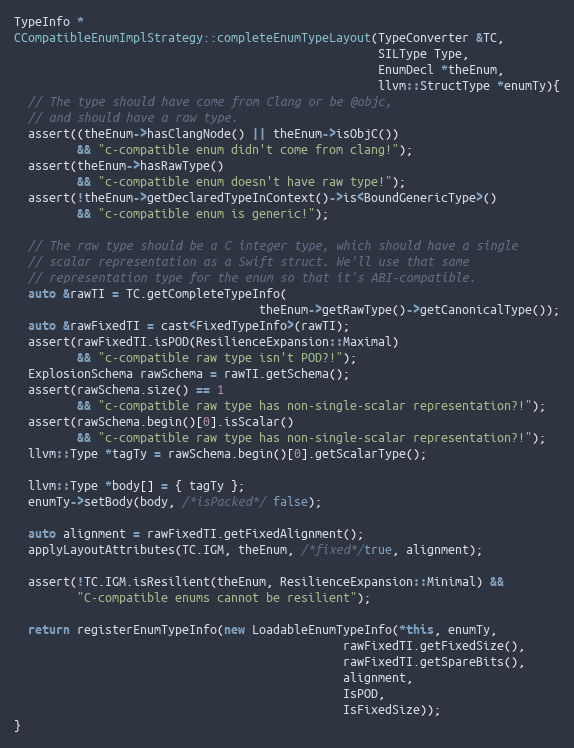
Language: C++
TypeInfo *
CCompatibleEnumImplStrategy::completeEnumTypeLayout(TypeConverter &TC,
                                                    SILType Type,
                                                    EnumDecl *theEnum,
                                                    llvm::StructType *enumTy){
  // The type should have come from Clang or be @objc,
  // and should have a raw type.
  assert((theEnum->hasClangNode() || theEnum->isObjC())
         && "c-compatible enum didn't come from clang!");
  assert(theEnum->hasRawType()
         && "c-compatible enum doesn't have raw type!");
  assert(!theEnum->getDeclaredTypeInContext()->is<BoundGenericType>()
         && "c-compatible enum is generic!");

  // The raw type should be a C integer type, which should have a single
  // scalar representation as a Swift struct. We'll use that same
  // representation type for the enum so that it's ABI-compatible.
  auto &rawTI = TC.getCompleteTypeInfo(
                                   theEnum->getRawType()->getCanonicalType());
  auto &rawFixedTI = cast<FixedTypeInfo>(rawTI);
  assert(rawFixedTI.isPOD(ResilienceExpansion::Maximal)
         && "c-compatible raw type isn't POD?!");
  ExplosionSchema rawSchema = rawTI.getSchema();
  assert(rawSchema.size() == 1
         && "c-compatible raw type has non-single-scalar representation?!");
  assert(rawSchema.begin()[0].isScalar()
         && "c-compatible raw type has non-single-scalar representation?!");
  llvm::Type *tagTy = rawSchema.begin()[0].getScalarType();

  llvm::Type *body[] = { tagTy };
  enumTy->setBody(body, /*isPacked*/ false);

  auto alignment = rawFixedTI.getFixedAlignment();
  applyLayoutAttributes(TC.IGM, theEnum, /*fixed*/true, alignment);

  assert(!TC.IGM.isResilient(theEnum, ResilienceExpansion::Minimal) &&
         "C-compatible enums cannot be resilient");

  return registerEnumTypeInfo(new LoadableEnumTypeInfo(*this, enumTy,
                                               rawFixedTI.getFixedSize(),
                                               rawFixedTI.getSpareBits(),
                                               alignment,
                                               IsPOD,
                                               IsFixedSize));
}